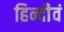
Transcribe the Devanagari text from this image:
हिन्दीेवं